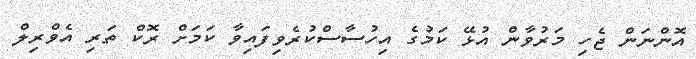
އޮންނަން ޖެހި މަރުވާން އުޅޭ ކަމުގެ އިހުސާސްކުރެވިފައިވާ ކަމަށް ރޮކް ތަރި އެވްރިލް